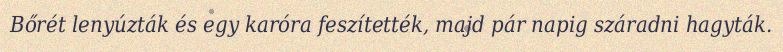
Bőrét lenyúzták és egy karóra feszítették, majd pár napig száradni hagyták.